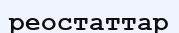
реостаттар